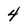
Character: 4